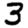
Digit: 3